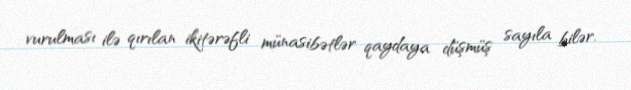
vurulması ilə qırılan ikitərəfli münasibətlər qaydaya düşmüş sayıla bilər.